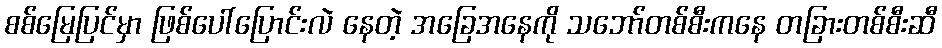
စစ်မြေပြင်မှာ ဖြစ်ပေါ်ပြောင်းလဲ နေတဲ့ အခြေအနေကို သဘော်တစ်စီးကနေ တခြားတစ်စီးဆီ